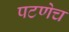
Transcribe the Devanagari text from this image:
पटणेच